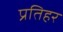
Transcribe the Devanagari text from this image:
प्रतिहर